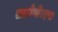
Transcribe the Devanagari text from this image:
जायेगी।इस